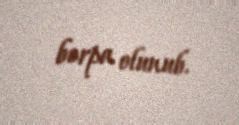
bərpa olunub.